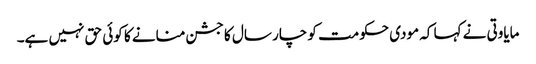
مایاوتی نے کہا کہ مودی حکومت کو چار سال کا جشن منانے کا کوئی حق نہیں ہے۔